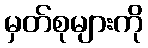
မှတ်စုများကို